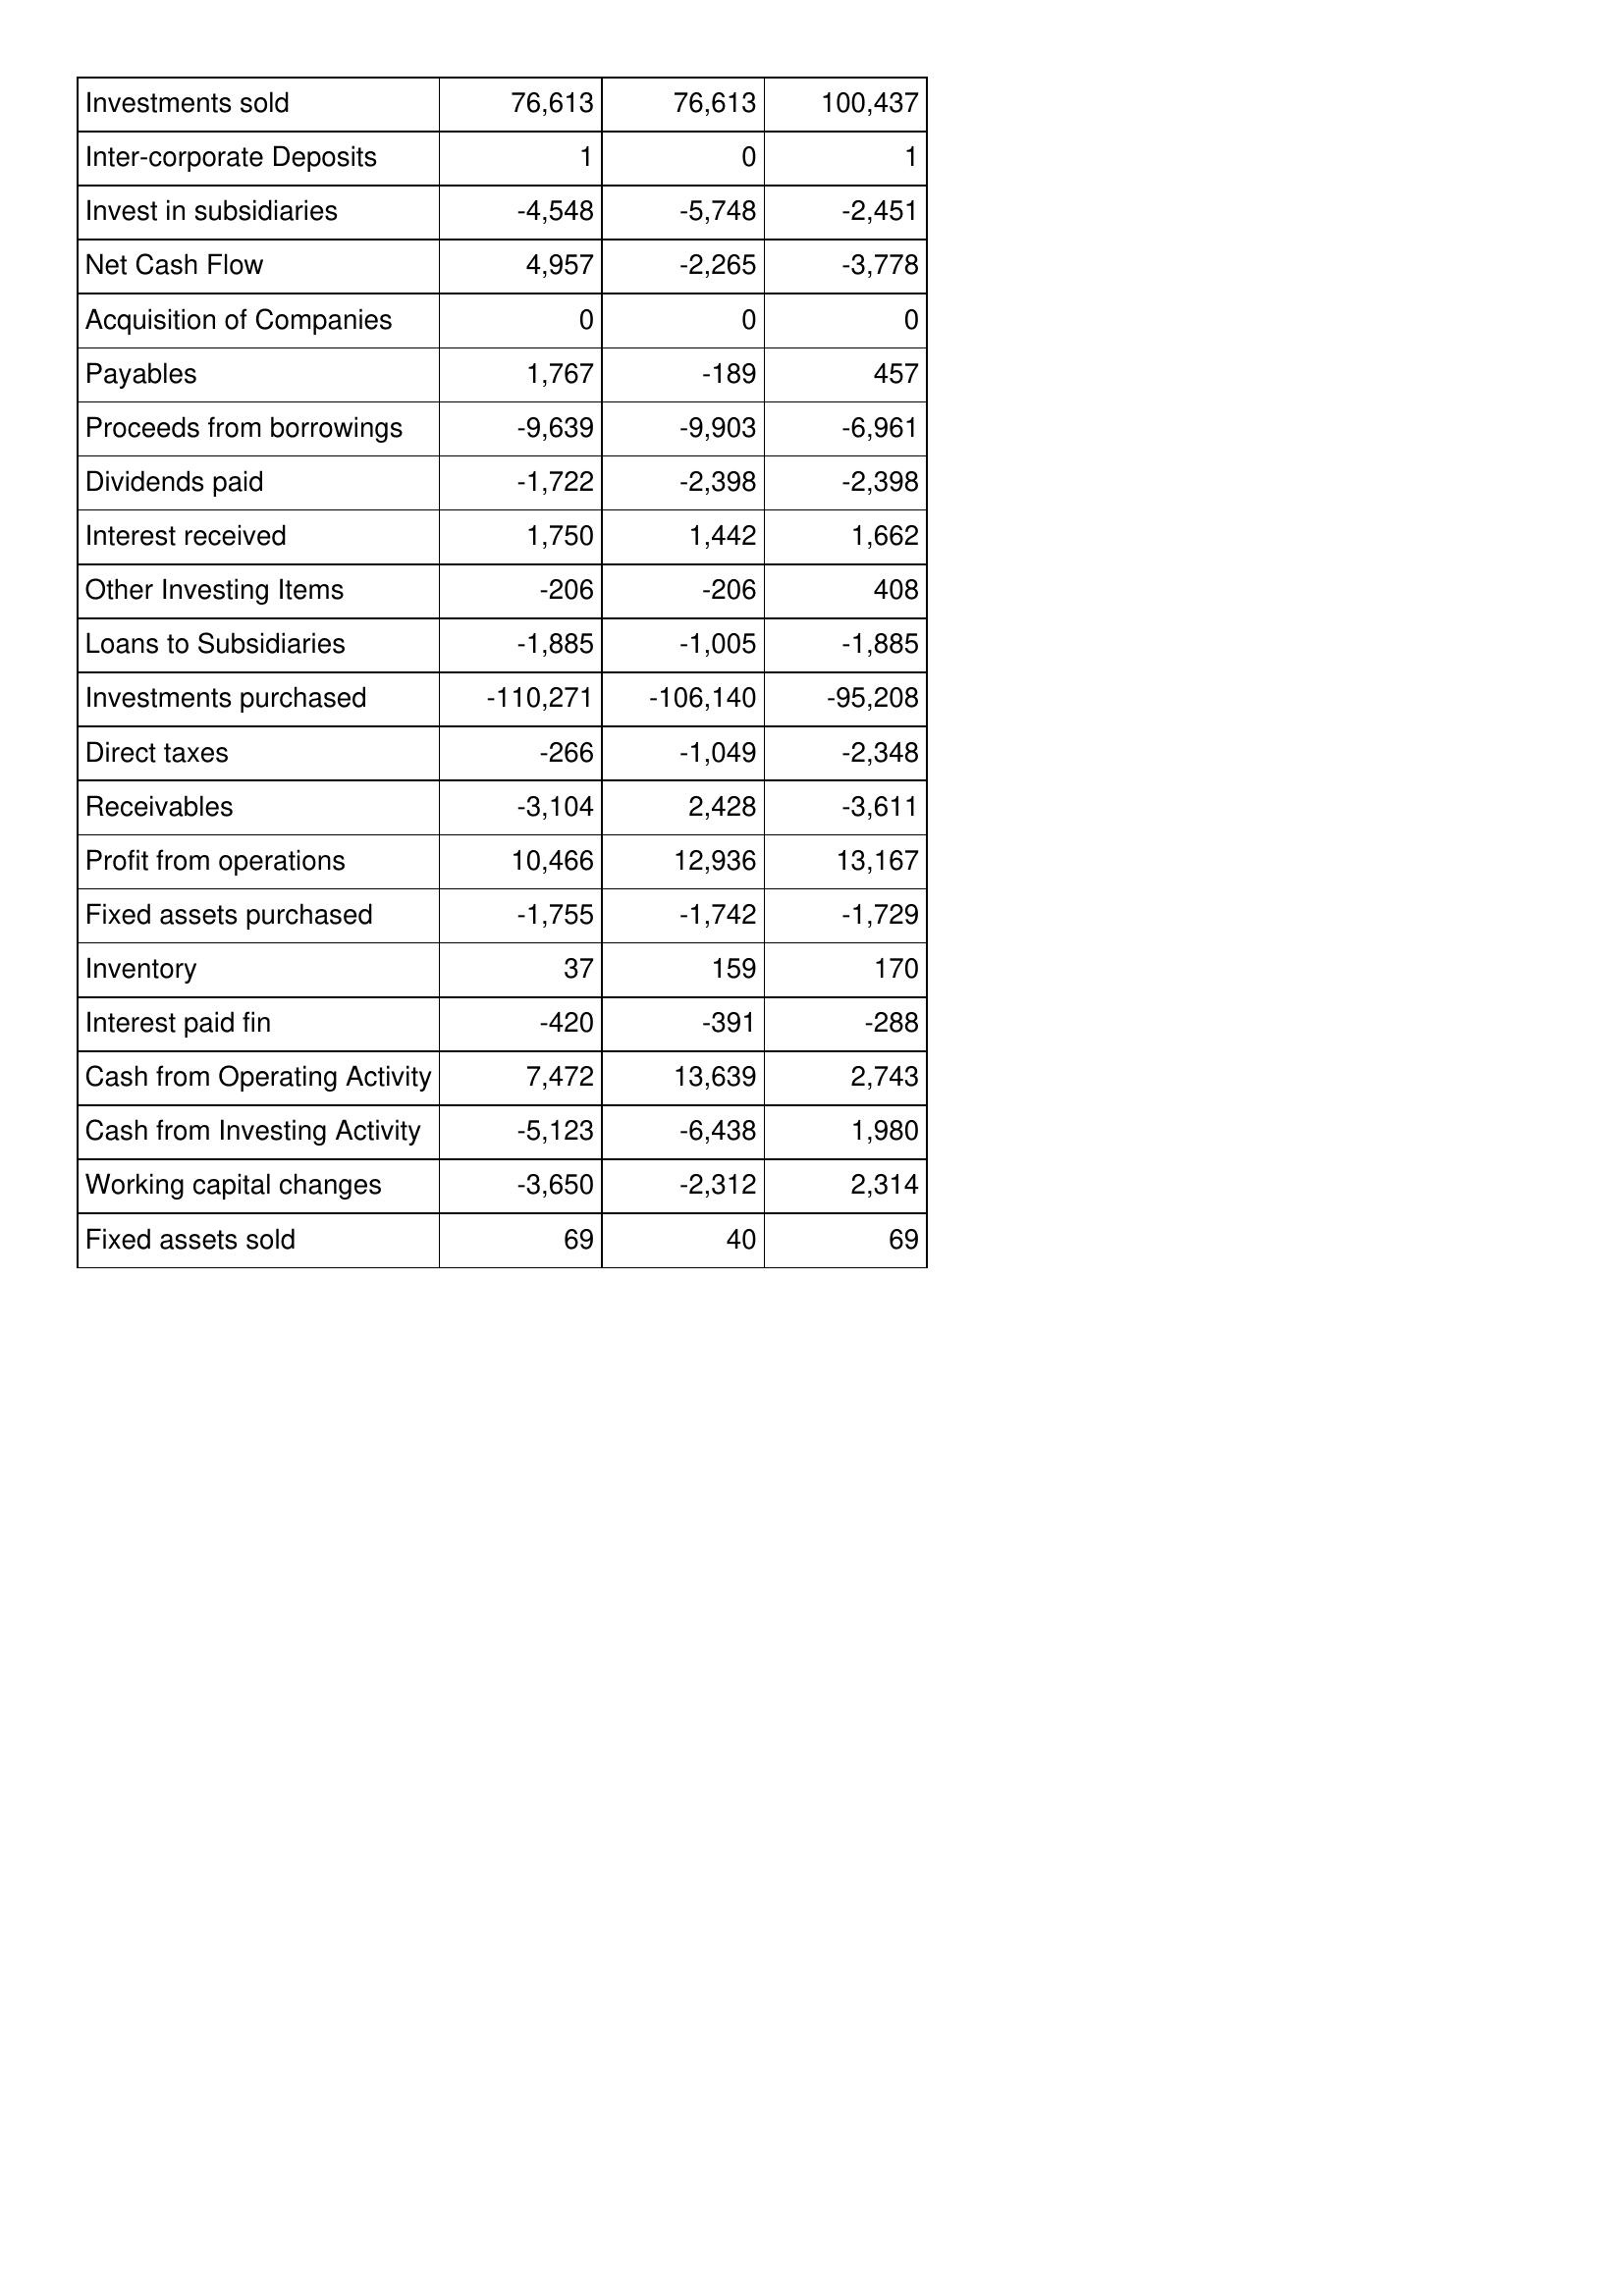
Dec-10: Cash Flows: Investments sold: 76,613
Inter-corporate Deposits: 1
Invest in subsidiaries: -4,548
Net Cash Flow: 4,957
Acquisition of Companies: 0
Payables: 1,767
Proceeds from borrowings: -9,639
Dividends paid: -1,722
Interest received: 1,750
Other Investing Items: -206
Loans to Subsidiaries: -1,885
Investments purchased: -110,271
Direct taxes: -266
Receivables: -3,104
Profit from operations: 10,466
Fixed assets purchased: -1,755
Inventory: 37
Interest paid fin: -420
Cash from Operating Activity: 7,472
Cash from Investing Activity: -5,123
Working capital changes: -3,650
Fixed assets sold: 69
Dec-11: Cash Flows: Investments sold: 76,613
Inter-corporate Deposits: 0
Invest in subsidiaries: -5,748
Net Cash Flow: -2,265
Acquisition of Companies: 0
Payables: -189
Proceeds from borrowings: -9,903
Dividends paid: -2,398
Interest received: 1,442
Other Investing Items: -206
Loans to Subsidiaries: -1,005
Investments purchased: -106,140
Direct taxes: -1,049
Receivables: 2,428
Profit from operations: 12,936
Fixed assets purchased: -1,742
Inventory: 159
Interest paid fin: -391
Cash from Operating Activity: 13,639
Cash from Investing Activity: -6,438
Working capital changes: -2,312
Fixed assets sold: 40
Dec-12: Cash Flows: Investments sold: 100,437
Inter-corporate Deposits: 1
Invest in subsidiaries: -2,451
Net Cash Flow: -3,778
Acquisition of Companies: 0
Payables: 457
Proceeds from borrowings: -6,961
Dividends paid: -2,398
Interest received: 1,662
Other Investing Items: 408
Loans to Subsidiaries: -1,885
Investments purchased: -95,208
Direct taxes: -2,348
Receivables: -3,611
Profit from operations: 13,167
Fixed assets purchased: -1,729
Inventory: 170
Interest paid fin: -288
Cash from Operating Activity: 2,743
Cash from Investing Activity: 1,980
Working capital changes: 2,314
Fixed assets sold: 69